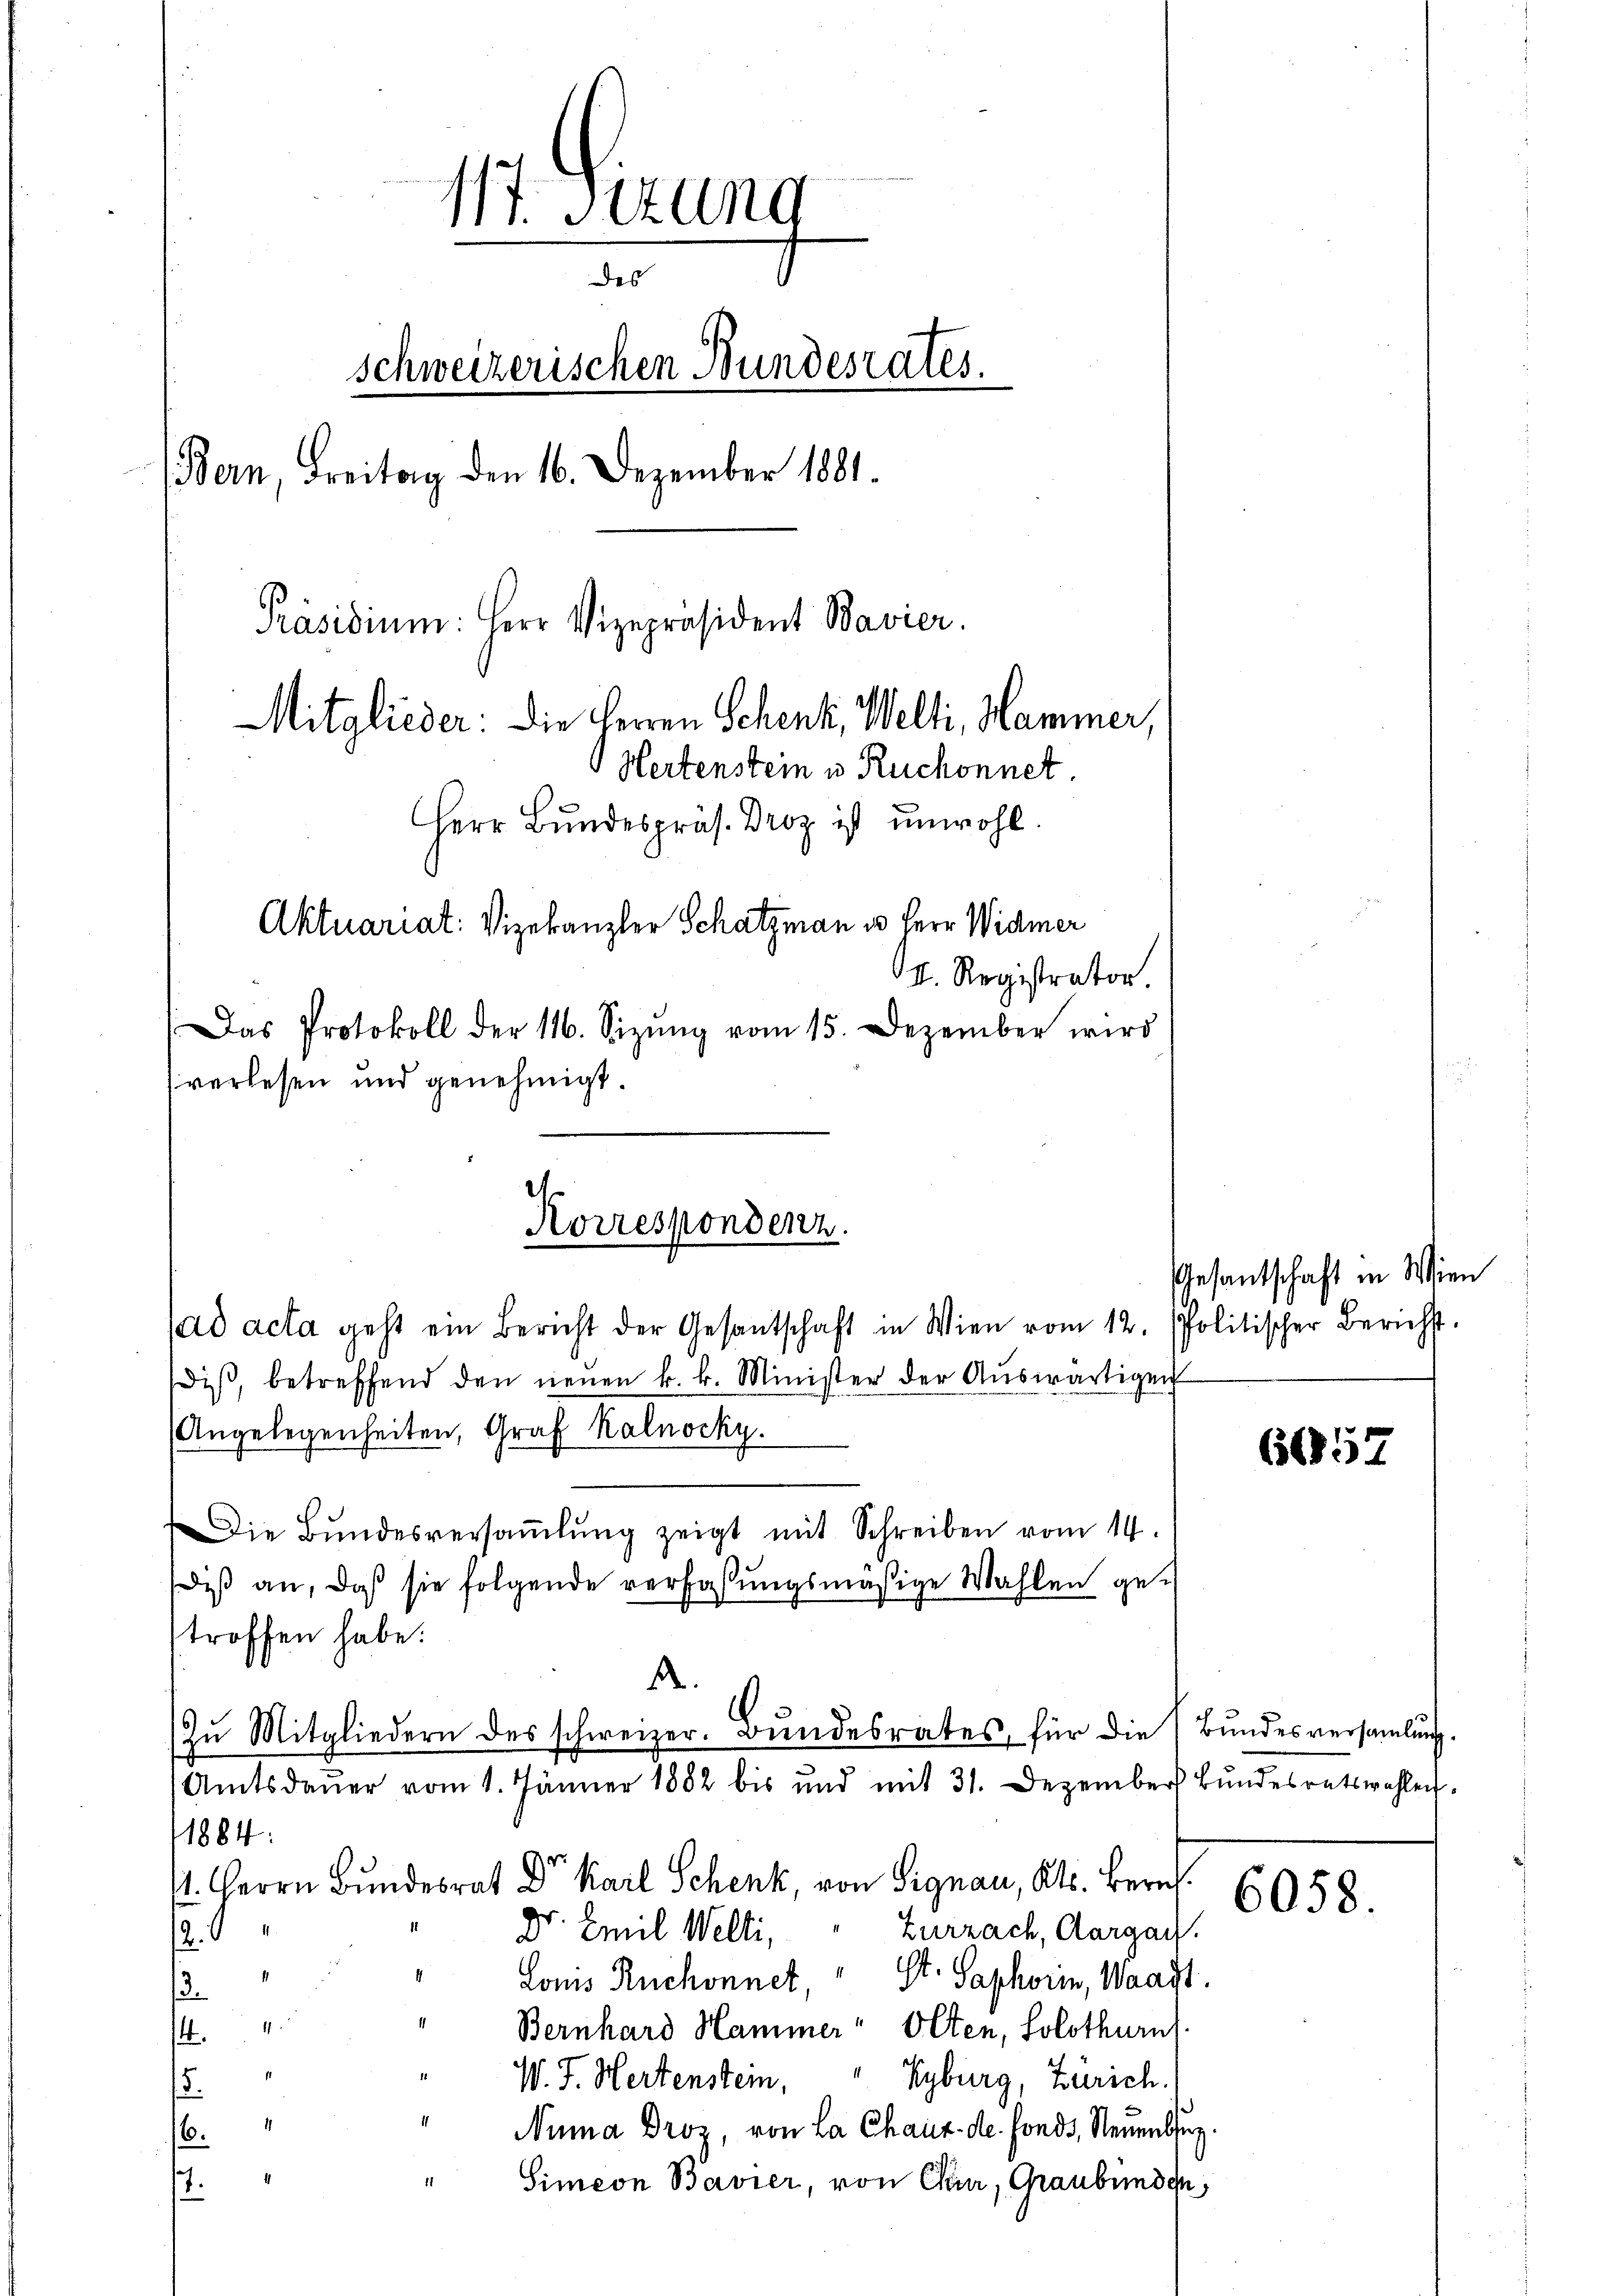
117. Stund
des
schweizerischen Bundesrates.
(Bern, Freitag den 16. Dezember 1881.
Präsidium: Herr Vizepräsident Bavier.
Mitglieder: die Herren Schenk, Welti, Hammer,
Hertenstein u. Ruchonnet
Herr Bundespräs. Droz. ist unwohl.
Aktuariat: Vizekanzler Schatzmann in Herr Widmer
I. Registrator.
Das Protokoll der 116. Sizŭng vom 15. Dezember wird
verlesen und genehmigt.

Korrespondenz.
ad acta geht ein Bericht der Gesantschaft in Wien vom 12. politischer Bericht.

diβ, betreffend den neuen k. k. Minister der Aŭswärtigen
Angelegenheiten, Graf Kalnocky.
Die Bŭndesversaṁlŭng zeigt mit Schreiben vom 14.
diß an, daß sie folgende verfaßungsmäßige Wahlen ge-
troffen habe.
A.
Zŭ Mitgliedern des schweizer. Bŭndesrates für die (Bŭndesversaṁlŭng.
Amtsdaŭer vom 1. Jänner 1882 bis und mit 31. Dezember Bŭndesratswahlen.
1884.
d
s. Herrn Bundesrat D. Karl Schenk, von Signau, Kts. Bern.
Zurzach, Aargau.
Dr. Emil Welti,
2.
1
Louis Ruchonnet, St. Saphorin, Waadt.
.

Bernhard Hammer " Olten, Solothurn
4.
W. J. Hertenstein, Kyburg, Zürich.
15.
1
Numa Droz, von La Chaux de fonds, Neuenbsey.
6.
1
1
Simeon Bavier, von Chur, Graubünden,
.

Gesandtschaft in Wien

6657

6058.